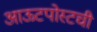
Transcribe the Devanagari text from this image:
आऊटपोस्टची